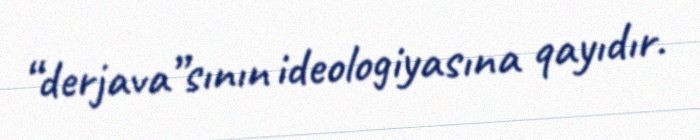
“derjava”sının ideologiyasına qayıdır.